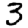
Digit: 3